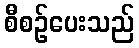
စီစဉ်ပေးသည်